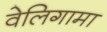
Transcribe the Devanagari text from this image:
वेलिगामा